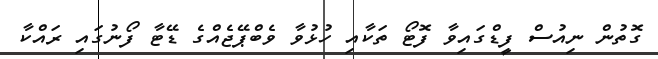
ގޮތުން ނިއުސް ފީޑްގައިވާ ފޮޓޯ ތަކާއި ހުޅުވާ ވެބްޕޭޖެއްގެ ޑޭޓާ ފޯނުގައި ރައްކާ